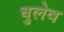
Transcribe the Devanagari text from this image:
धुलेव